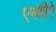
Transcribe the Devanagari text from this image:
एमबीऐ